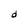
Character: d